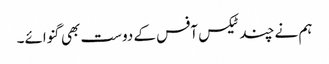
ہم نے چند ٹیکس آفس کے دوست بھی گنوائے۔